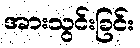
အားသွင်းခြင်း